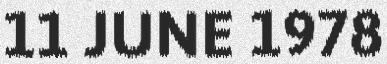
11 JUNE 1978